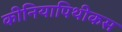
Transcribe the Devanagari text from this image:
कीनियापिथीकस